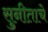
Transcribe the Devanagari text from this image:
सुनीताचे